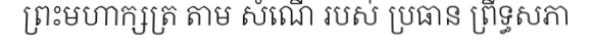
ព្រះមហាក្សត្រ តាម សំណើ របស់ ប្រធាន ព្រឹទ្ធសភា